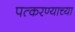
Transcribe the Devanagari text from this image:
पत्करण्याच्या